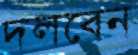
দলবেন